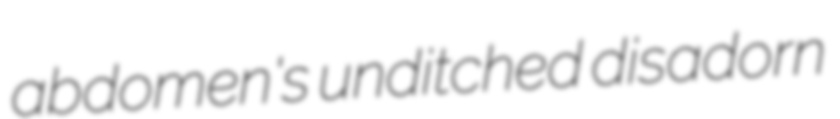
abdomen's unditched disadorn